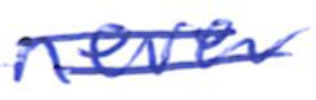
Text: never
Cross-out: double-line
Writing tool: ballpoint